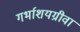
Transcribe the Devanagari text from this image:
गर्भाशयग्रीवा